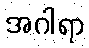
အဂါရာ